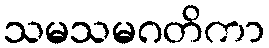
သမသမဂတိကာ